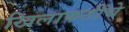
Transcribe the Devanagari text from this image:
खिलाफतींचे